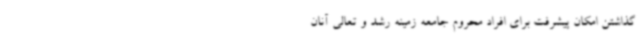
گذاشتن امکان پیشرفت برای افراد محروم جامعه زمینه رشد و تعالی آنان